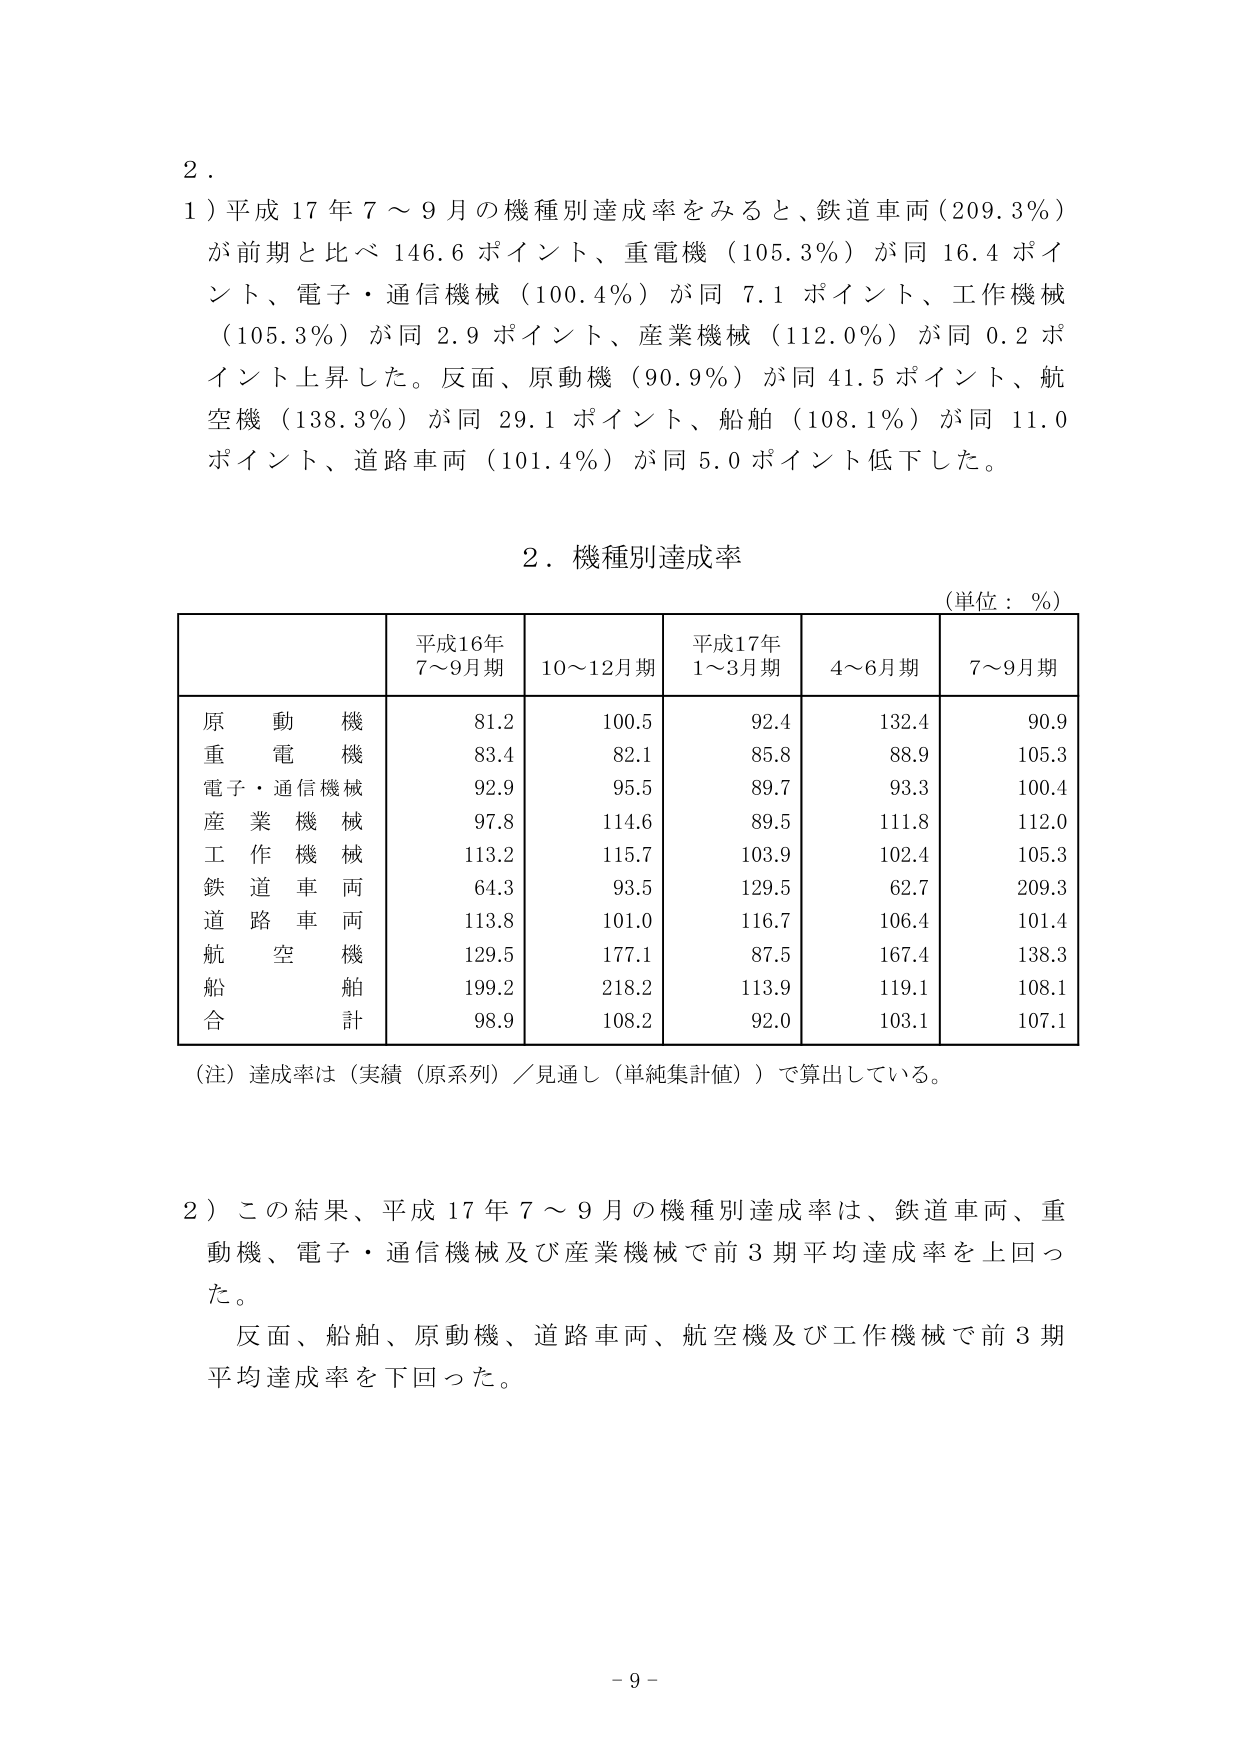
2.

1) 平成17年7～9月の機種別達成率をみると、鉄道車両（209.3％）が前期と比べ146.6ポイント、重電機（105.3％）が同16.4ポイント、電子・通信機械（100.4％）が同7.1ポイント、工作機械（105.3％）が同2.9ポイント、産業機械（112.0％）が同0.2ポイント上昇した。反面、原動機（90.9％）が同41.5ポイント、航空機（138.3％）が同29.1ポイント、船舶（108.1％）が同11.0ポイント、道路車両（101.4％）が同5.0ポイント低下した。

2．機種別達成率
（単位：％）

| | 平成16年7～9月期 | 10～12月期 | 平成17年1～3月期 | 4～6月期 | 7～9月期 |
|---|---|---|---|---|---|
| 原動機 | 81.2 | 100.5 | 92.4 | 132.4 | 90.9 |
| 重電機 | 83.4 | 82.1 | 85.8 | 88.9 | 105.3 |
| 電子・通信機械 | 92.9 | 95.5 | 89.7 | 93.3 | 100.4 |
| 産業機械 | 97.8 | 114.6 | 89.5 | 111.8 | 112.0 |
| 工作機械 | 113.2 | 115.7 | 103.9 | 102.4 | 105.3 |
| 鉄道車両 | 64.3 | 93.5 | 129.5 | 62.7 | 209.3 |
| 道路車両 | 113.8 | 101.0 | 116.7 | 106.4 | 101.4 |
| 航空機 | 129.5 | 177.1 | 87.5 | 167.4 | 138.3 |
| 船舶 | 199.2 | 218.2 | 113.9 | 119.1 | 108.1 |
| 合計 | 98.9 | 108.2 | 92.0 | 103.1 | 107.1 |

（注）達成率は（実績（原系列）／見通し（単純集計値））で算出している。

2）この結果、平成17年7～9月の機種別達成率は、鉄道車両、重動機、電子・通信機械及び産業機械で前3期平均達成率を上回った。
　　反面、船舶、原動機、道路車両、航空機及び工作機械で前3期平均達成率を下回った。

- 9 -